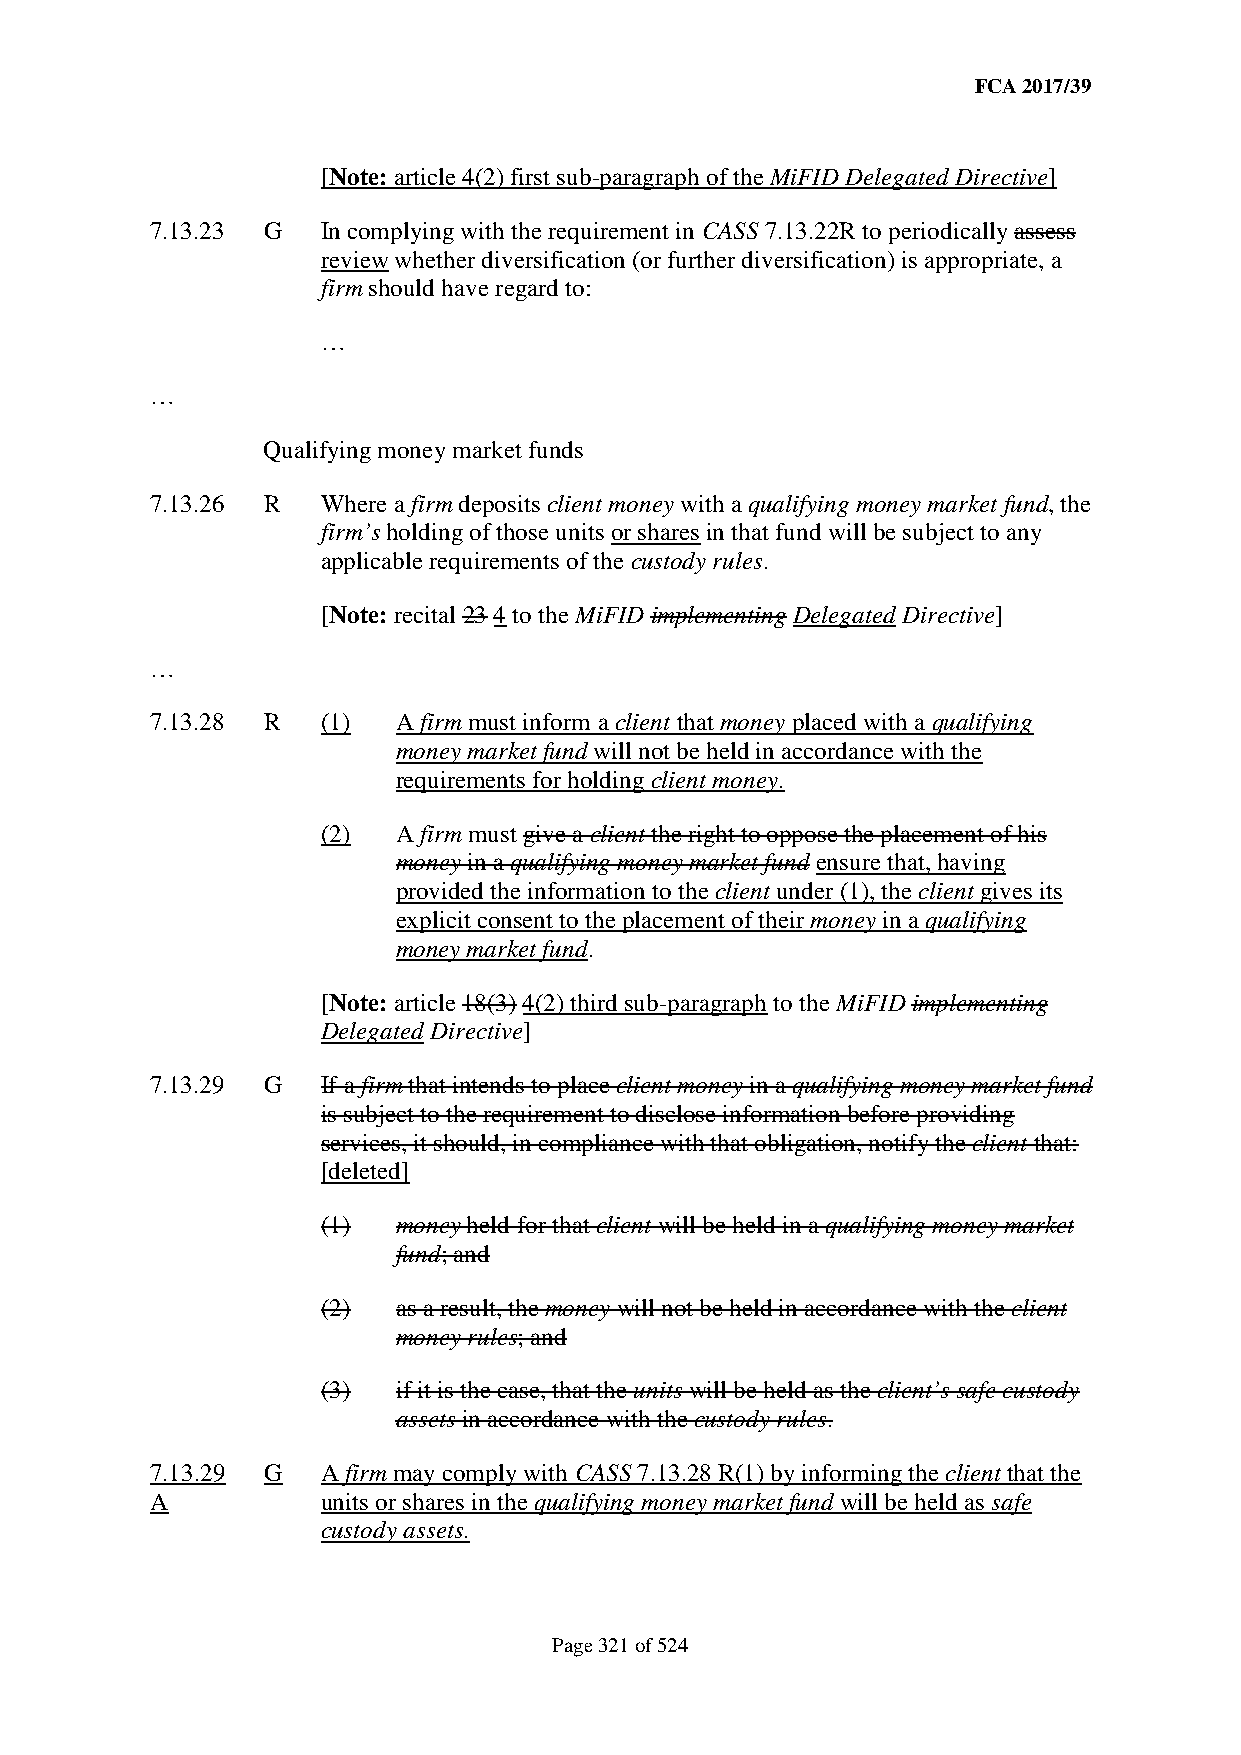
FCA 2017/39
 [Note: article 4(2) first sub-paragraph of the MiFID Delegated Directive]
 7.13.23 G  In complying with the requirement in CASS 7.13.22R to periodically assess
 review whether diversification (or further diversification) is appropriate, a
 firm should have regard to:
 …
 …
 Qualifying money market funds
 7.13.26 R  Where a firm deposits client money with a qualifying money market fund, the
 firm’s holding of those units or shares in that fund will be subject to any
 applicable requirements of the custody rules.
 [Note: recital 23 4 to the MiFID implementing Delegated Directive]
 …
 7.13.28 R  (1)  A firm must inform a client that money placed with a qualifying
 money market fund will not be held in accordance with the
 requirements for holding client money.
 (2)  A firm must give a client the right to oppose the placement of his
 money in a qualifying money market fund ensure that, having
 provided the information to the client under (1), the client gives its
 explicit consent to the placement of their money in a qualifying
 money market fund.
 [Note: article 18(3) 4(2) third sub-paragraph to the MiFID implementing
 Delegated Directive]
 7.13.29 G  If a firm that intends to place client money in a qualifying money market fund
 is subject to the requirement to disclose information before providing
 services, it should, in compliance with that obligation, notify the client that:
 [deleted]
 (1)  money held for that client will be held in a qualifying money market
 fund; and
 (2)  as a result, the money will not be held in accordance with the client
 money rules; and
 (3)  if it is the case, that the units will be held as the client’s safe custody
 assets in accordance with the custody rules.
 7.13.29 G  A firm may comply with CASS 7.13.28 R(1) by informing the client that the
 A          units or shares in the qualifying money market fund will be held as safe
 custody assets.
 Page 321 of 524